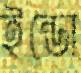
ইন্ডো